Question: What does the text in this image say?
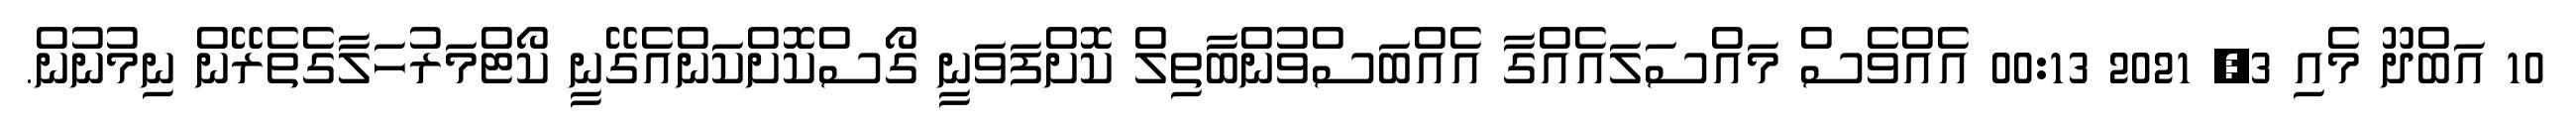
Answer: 10 އަބްދޫ މެއި 3, 2021 00:13 އެއްވެސް މައްސަލައެއްގާ އެއްބަސްވުންބާތިލް ކޮށްފަވަނީ ގޯސްކޮށްކަންއެގޭނީ ކޯޓްމަރުހަލާގެތެރޭން ނިމުނުން.